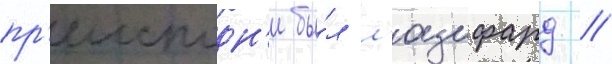
пр'еисподн'и бы́л л'юцифард /